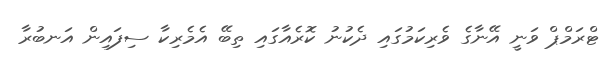
ޓްރަމްޕް ވަނީ އޭނާގެ ވެރިކަމުގައި ދެކުނު ކޮރެއާގައި ތިބޭ އެމެރިކާ ސިފައިން އަނބުރާ